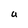
Character: U